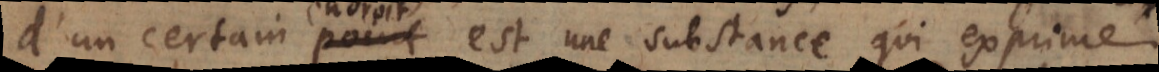
d’un certain point, est une substance qui exprime